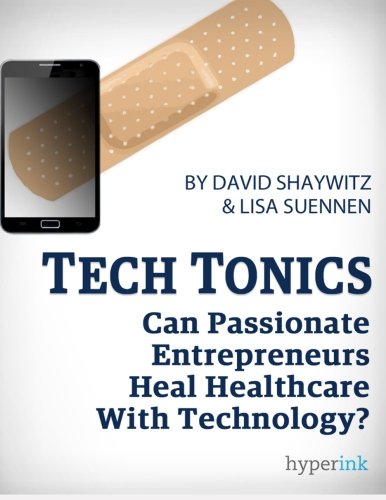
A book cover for Tech Tonics; David Shaywitz; Business & Money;